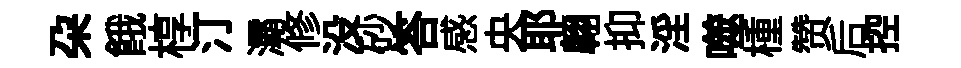
朶餓椁汀灞修没砂答感央耶翺抑淫噬㮔赞后控